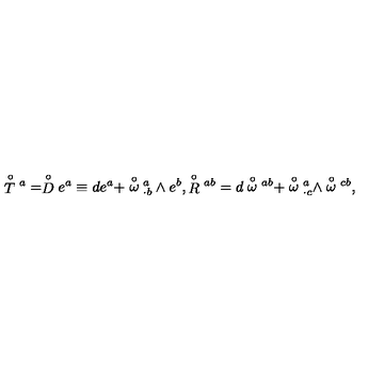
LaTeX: \stackrel { \circ } { T } { ^ a } = \stackrel { \circ } { D } e ^ { a } \equiv d e ^ { a } + \stackrel { \circ } { \omega } { _ { \cdot b } ^ { a } } \wedge e ^ { b } , \stackrel { \circ } { R } { ^ { a b } } = d \stackrel { \circ } { \omega } { ^ { a b } } + \stackrel { \circ } { \omega } { ^ a _ { \cdot c } } \wedge \stackrel { \circ } { \omega } { ^ { c b } } ,